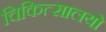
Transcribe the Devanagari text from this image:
चिकित्सालयो